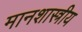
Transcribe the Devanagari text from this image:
मानशास्त्रीय